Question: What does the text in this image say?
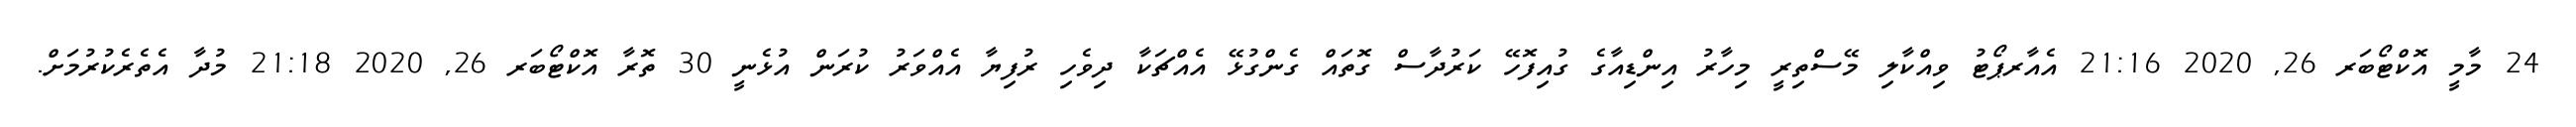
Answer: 24 މާމީ އޮކްޓޯބަރ 26, 2020 21:16 އެއާރޕޯޓު ވިއްކާލި މޭސްތިރީ މިހާރު އިންޑިއާގެ ގުއިފޮހޭ ކަރުދާސް ގޮތައް ގެންގުޅޭ އެއްޗަކާ ދިވެހި ރުފިޔާ އެއްވަރު ކުރަން އުޅެނީ 30 ތޮރާ އޮކްޓޯބަރ 26, 2020 21:18 މުދާ އެތެރެކުރުމަށް.